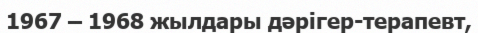
1967 – 1968 жылдары дәрігер-терапевт,